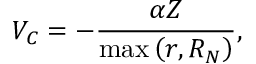
V _ { C } = - \frac { \alpha Z } { \operatorname* { m a x } \left( { r , R _ { N } } \right) } ,